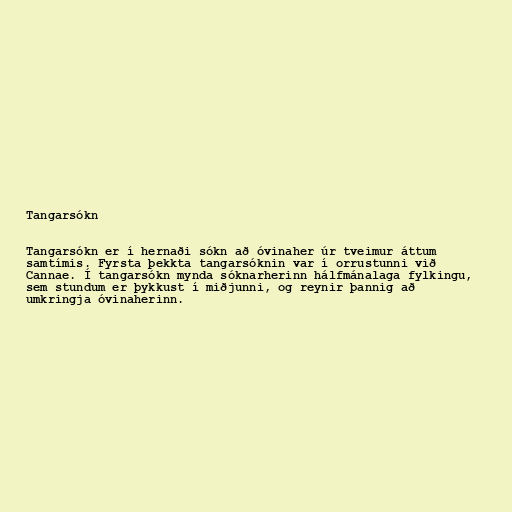
Tangarsókn

Tangarsókn er í hernaði sókn að óvinaher úr tveimur áttum
samtímis. Fyrsta þekkta tangarsóknin var í orrustunni við
Cannae. Í tangarsókn mynda sóknarherinn hálfmánalaga fylkingu,
sem stundum er þykkust í miðjunni, og reynir þannig að
umkringja óvinaherinn.